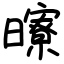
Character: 曢